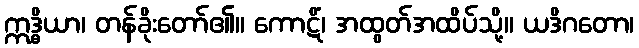
ဣဒ္ဓိယာ၊ တန်ခိုးတော်၏။ ကောဋိံ၊ အထွတ်အထိပ်သို့။ ယဒိဂတော၊